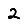
Digit: 2